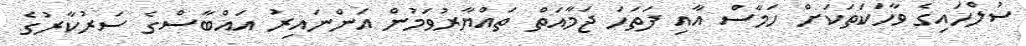
ސުލްހައިގެ ވާހަކަތަކަށް ހަމާސް އާއި ފަތަހަ ޖަމާއަތް ތައްޔާރުވަމުން އަންނައިރު އައްބާސްގެ ސަރުކާރުގެ